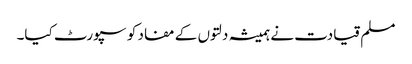
مسلم قیادت نے ہمیشہ دلتوں کے مفاد کو سپورٹ کیا۔